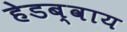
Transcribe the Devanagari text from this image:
हेडब्वाय